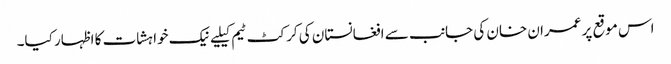
اس موقع پر عمران خان کی جانب سے افغانستان کی کرکٹ ٹیم کیلیےنیک خواہشات کا اظہار کیا۔